Document type: Emphyteutic lease
Year: 1283
Scribe: Pere Marquès
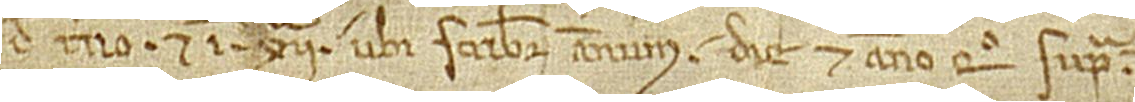
“de terno”, et in XIIª, ubi scribitur “annum”, die et anno quo supra.